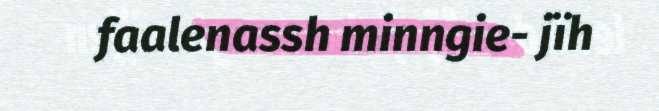
faalenassh minngie- jïh